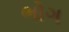
ભોગ